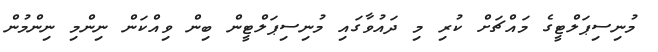
މުނިސިޕަލްޓީގެ މައްޗަށް ކުރި މި ދައުވާގައި މުނިސިޕަލްޓީން ބިން ވިއްކަން ނިންމި ނިންމުން